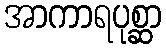
အာကာရပုစ္ဆာ